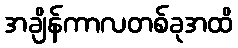
အချိန်ကာလတစ်ခုအထိ